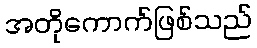
အတိုကောက်ဖြစ်သည်